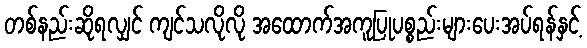
တစ်နည်းဆိုရလျှင် ကျင်သလိုလို အထောက်အကူပြုပစ္စည်းများပေးအပ်ရန်နှင့်